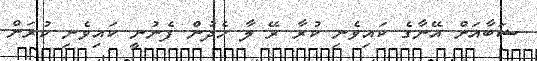
ޝަބާއަށް އޭނާގެ ކައިވެނި ކުރާ ރޭ ލާ ހެދުން ފެނުނީ ކައިވެނި ކުރަން